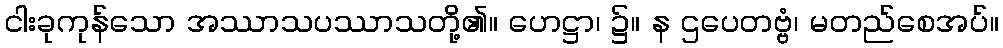
ငါးခုကုန်သော အဿာသပဿာသတို့၏။ ဟေဋ္ဌာ၊ ၌။ န ဌပေတဗ္ဗံ၊ မတည်စေအပ်။